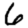
Digit: 6